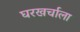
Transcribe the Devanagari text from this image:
घरखर्चाला